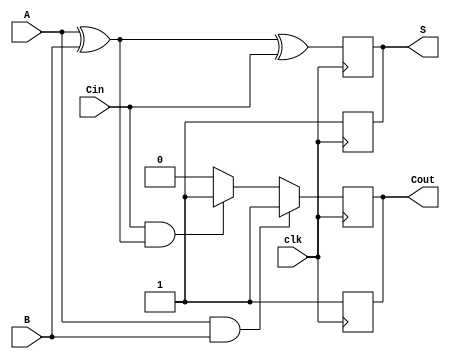
module dynamic_full_adder (
    input wire A,      // First input bit
    input wire B,      // Second input bit
    input wire Cin,    // Carry-in bit
    input wire clk,    // Clock signal
    output reg S,      // Sum output
    output reg Cout    // Carry-out output
);

    reg n_pass;        // Internal signal for NMOS pass gate control

    // Precharge phase: when clk is low, precharge the outputs
    always @(negedge clk) begin
        S <= 1'b1;      // Precharge sum to high
        Cout <= 1'b1;   // Precharge Cout to high
    end

    // Evaluation phase: when clk is high, evaluate the logic
    always @(posedge clk) begin
        n_pass = ~(A | B | Cin); // Logic for pull-down network

        // Calculate sum output S = A  B  Cin
        S <= (A ^ B) ^ Cin;

        // Calculate carry-out output Cout = (A & B) | (Cin & (A ^ B))
        if (A & B) begin
            Cout <= 1'b1;  // A and B both high
        end else if (Cin & (A ^ B)) begin
            Cout <= 1'b1;  // Carry generated by Cin
        end else begin
            Cout <= 1'b0;  // No carry generated
        end
    end

endmodule